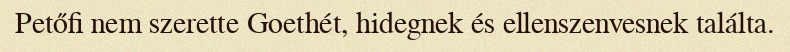
Petőfi nem szerette Goethét, hidegnek és ellenszenvesnek találta.